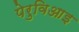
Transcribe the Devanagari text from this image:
पेरुविआइ